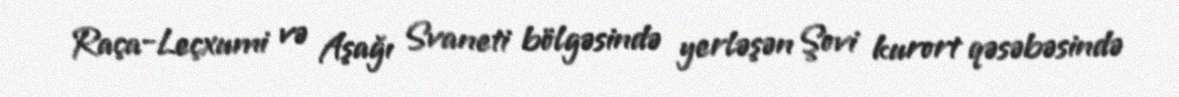
Raça-Leçxumi və Aşağı Svaneti bölgəsində yerləşən Şovi kurort qəsəbəsində